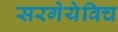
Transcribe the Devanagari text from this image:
सरगेयेविच